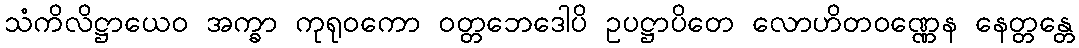
သံကိလိဋ္ဌာယေဝ အက္ခာ ကုရုဝကော ဝတ္တဘေဒေါပိ ဥပဋ္ဌာပိတေ လောဟိတဝဏ္ဏေန နေတ္တန္တေ